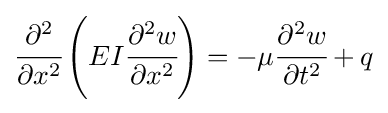
{\cfrac {\partial ^{2}}{\partial x^{2}}}\left(EI{\cfrac {\partial ^{2}w}{\partial x^{2}}}\right)=-\mu {\cfrac {\partial ^{2}w}{\partial t^{2}}}+q